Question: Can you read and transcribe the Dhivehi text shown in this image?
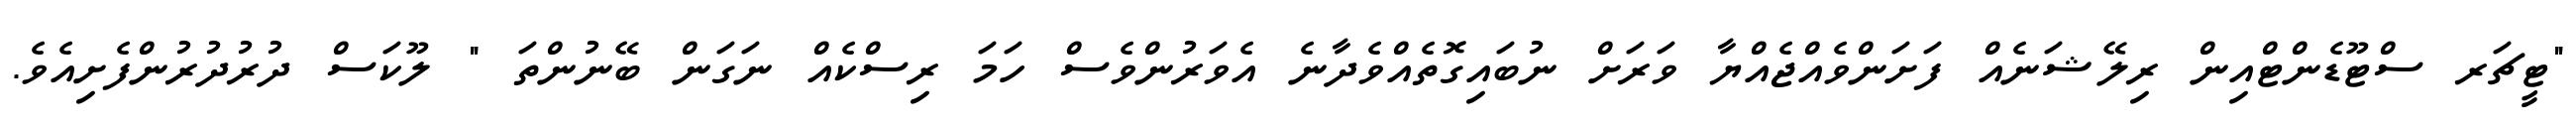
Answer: "ޓީޗަރ ސްޓޫޑެންޓްއިން ރިލޭޝަނެއް ފަށަންވެއްޖެއްޔާ ވަރަށް ނުބައިގޮތެއްވެދާނެ އެވަރުންވެސް ހަމަ ރިސްކެއް ނަގަން ބޭނުންތަ " ލޫކަސް ދުރުދުރުންފެށިއެވެ.